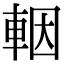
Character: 𨋳